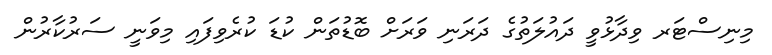
މިނިސްޓަރ ވިދާޅުވީ ދައުލަތުގެ ދަރަނި ވަރަށް ބޮޑުތަން ކުޑަ ކުރެވިފައި މިވަނީ ސަރުކާރުން